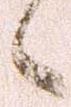
々